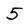
Character: 5